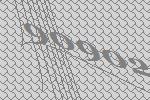
90902